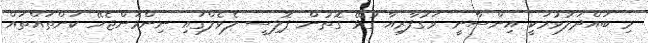
މި ބައްދަލުވުމަކީ އިންސާނީ ވަގުފާރިއާ ގުޅޭ ގޮތުން ޕޮލިސީ ލެވެލްގައި ނިންމަންޖެހޭ ކަންތައްތައް